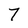
Character: 7